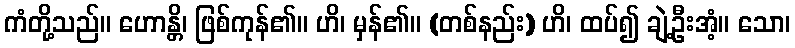
ကံတို့သည်။ ဟောန္တိ၊ ဖြစ်ကုန်၏။ ဟိ၊ မှန်၏။ (တစ်နည်း) ဟိ၊ ထပ်၍ ချဲ့ဦးအံ့။ သော၊